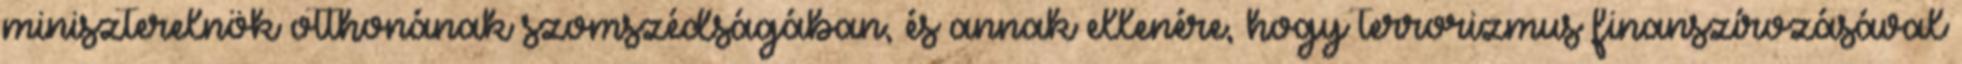
miniszterelnök otthonának szomszédságában, és annak ellenére, hogy terrorizmus finanszírozásával